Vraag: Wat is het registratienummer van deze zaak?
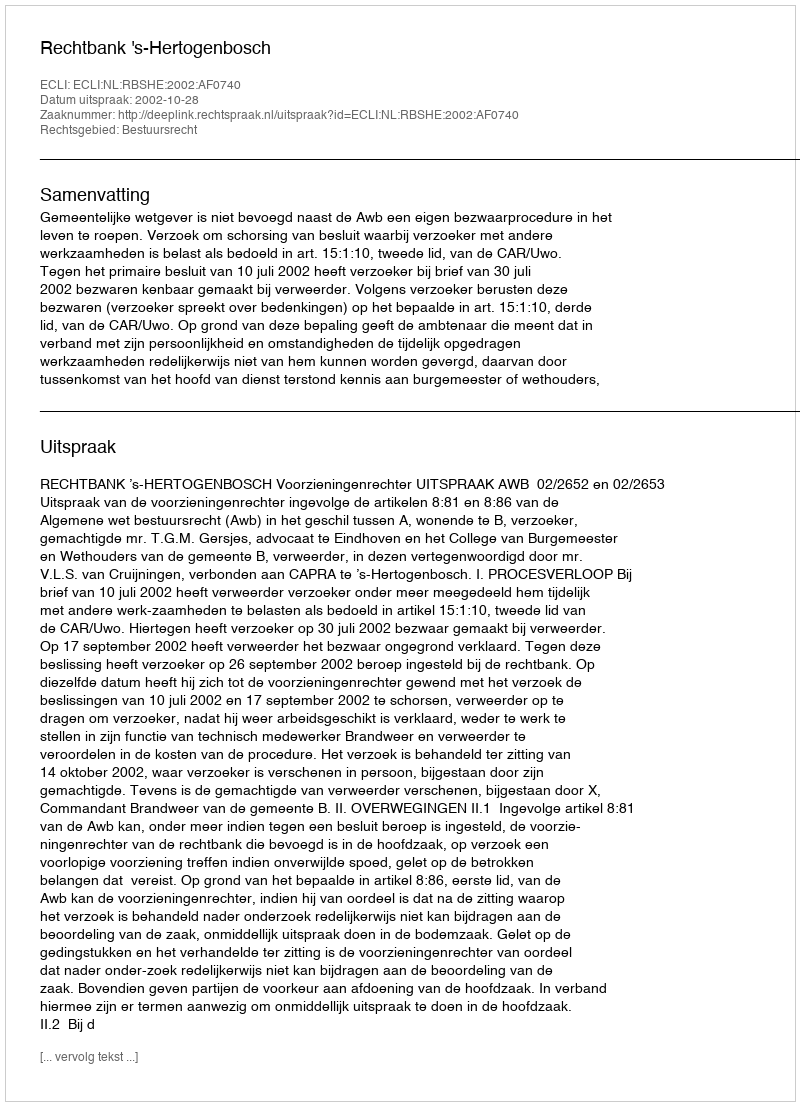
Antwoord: http://deeplink.rechtspraak.nl/uitspraak?id=ECLI:NL:RBSHE:2002:AF0740